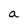
Character: a